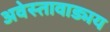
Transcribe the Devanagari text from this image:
अवेस्तावाड्मय